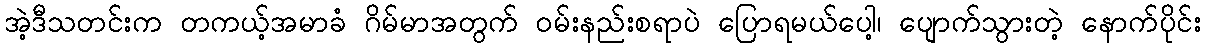
အဲ့ဒီသတင်းက တကယ့်အမာခံ ဂိမ်မာအတွက် ဝမ်းနည်းစရာပဲ ပြောရမယ်ပေါ့၊ ပျောက်သွားတဲ့ နောက်ပိုင်း